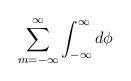
LaTeX: \begin{align*} \sum^{\infty}_{m=-\infty} \int^\infty_{-\infty} d \phi \;\end{align*}